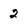
Character: 2